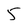
Character: 5